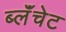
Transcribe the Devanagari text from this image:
ब्लॅंचेट